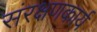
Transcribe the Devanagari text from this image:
संरक्षणकार्य